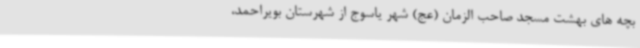
بچه های بهشت مسجد صاحب الزمان (عج) شهر یاسوج از شهرستان بویراحمد،